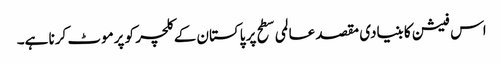
اس فیشن کا بنیادی مقصد عالمی سطح پر پاکستان کے کلچر کو پرموٹ کرنا ہے۔